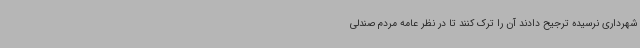
شهرداری نرسیده ترجیح دادند آن را ترک کنند تا در نظر عامه مردم صندلی